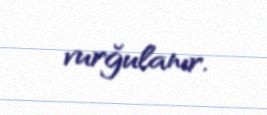
vurğulanır.